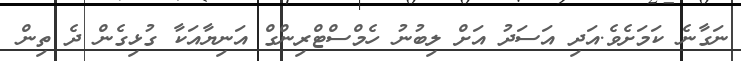
ނަގާނެ ކަމަށެވެ.އަދި އަސަދު އަށް ލިބުނު ހެމްސްޓްރިންގް އަނިޔާއަކާ ގުޅިގެން ދެ ތިން